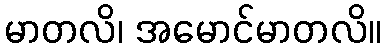
မာတလိ၊ အမောင်မာတလိ။